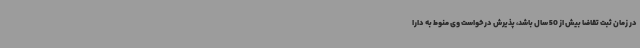
در زمان ثبت تقاضا بیش از 50 سال باشد، پذیرش درخواست وی منوط به دارا